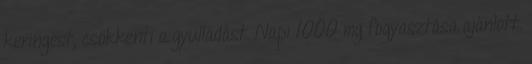
keringést, csökkenti a gyulladást. Napi 1000 mg fogyasztása ajánlott.